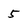
Character: 5